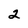
Character: 2